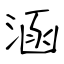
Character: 涵